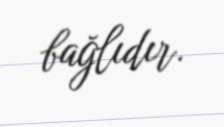
bağlıdır.